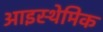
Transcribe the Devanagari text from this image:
आइस्थेमिक